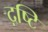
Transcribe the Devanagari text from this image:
द़ष्टि